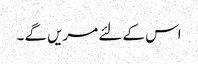
اس کے لئے مریں گے ۔